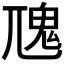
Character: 𩱽